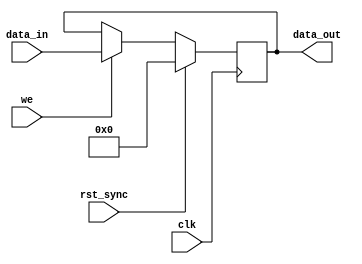
module can_register_syn
( data_in,
  data_out,
  we,
  clk,
  rst_sync
);

parameter WIDTH = 8; // default parameter of the register width
parameter RESET_VALUE = 0;

input [WIDTH-1:0] data_in;
input             we;
input             clk;
input             rst_sync;

output [WIDTH-1:0] data_out;
reg    [WIDTH-1:0] data_out;



always @ (posedge clk)
begin
  if (rst_sync)                       // synchronous reset
    data_out<=#1 RESET_VALUE;
  else if (we)                        // write
    data_out<=#1 data_in;
end



endmodule